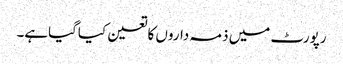
رپورٹ میں ذمہ داروں کاتعین کیاگیاہے۔